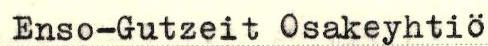
Enso-Gutzeit Osakeyhtiö